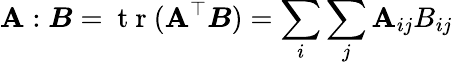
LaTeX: \boldsymbol{\mathbf{A}}:\boldsymbol{B}=\mathrm{{~t~r~}}(\boldsymbol{\mathbf{A}}^{\top}\boldsymbol{B})=\sum_{i}\sum_{j}\mathbf{A}_{ij}B_{ij}